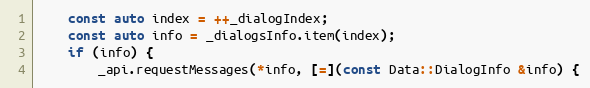
Language: C++
	const auto index = ++_dialogIndex;
	const auto info = _dialogsInfo.item(index);
	if (info) {
		_api.requestMessages(*info, [=](const Data::DialogInfo &info) {